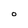
Character: 0